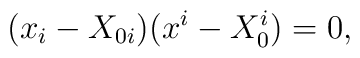
(x_i - X_{0i}) (x^i - X_{0}^i) = 0,